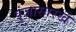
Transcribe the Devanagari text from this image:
पुंजासारखे